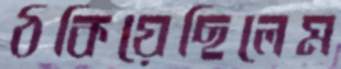
ঠকিয়েছিলেম